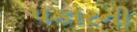
પકારની